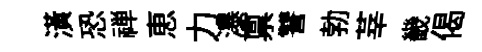
潢恐禅恵力瀑禀讐勃莘畿偈